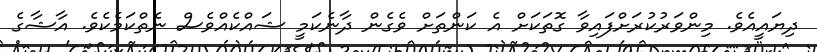
ދިޔައީއެވެ. މިންވަރުކުރަށްފައިވާ ގޮތަކަށް އެ ކަންތަށް ވެގެން ދާނެކަމީ ޝައްކެއްވެސް ނެތްކަމެކެވެ. އާޝާގެ